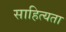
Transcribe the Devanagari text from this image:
साहित्यता